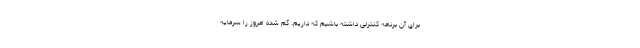
برای آن برنامه کنترلی داشته باشیم که داریم. گم شده امروز را سرمایه